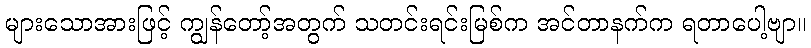
များသောအားဖြင့် ကျွန်တော့်အတွက် သတင်းရင်းမြစ်က အင်တာနက်က ရတာပေါ့ဗျာ။